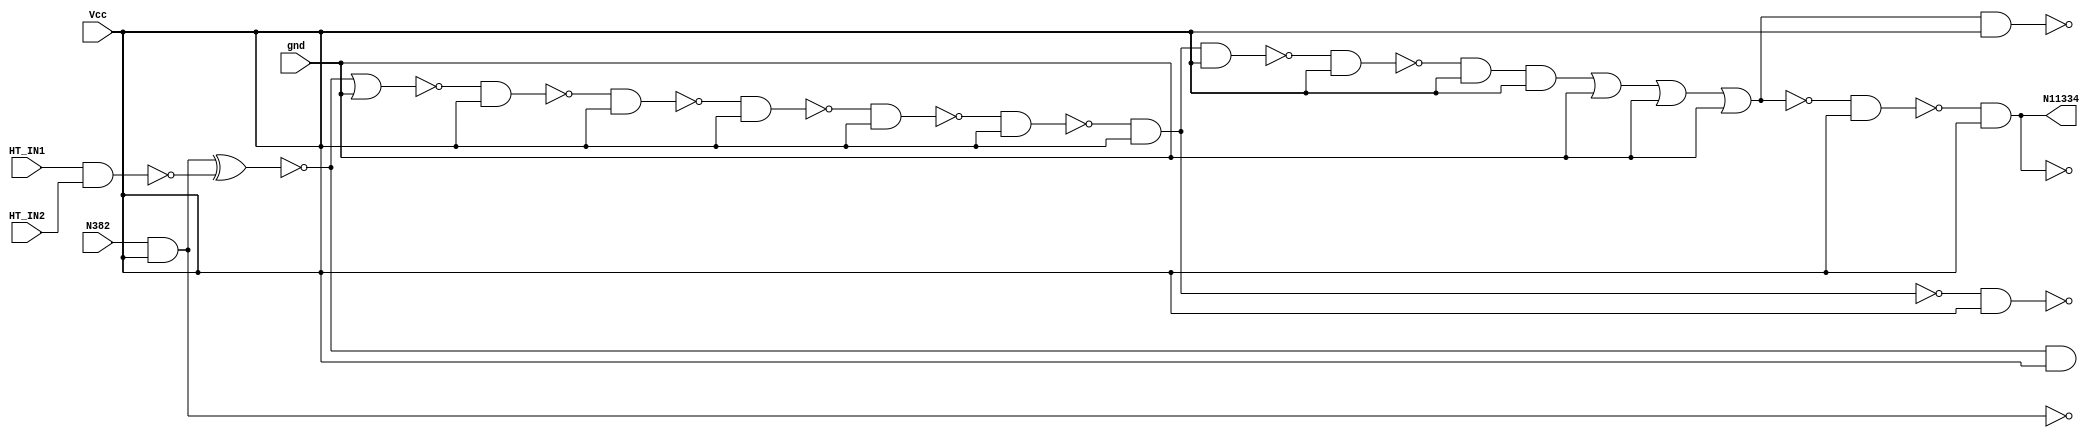
module singlepath_2_spy_p1n(N11334, N382, HT_IN1, HT_IN2,  Vcc, gnd);

(* keep = 1 *) wire T1, T2;
(* keep = 1 *) input HT_IN1, HT_IN2;
(* keep = 1 *) input N382, Vcc, gnd;
(* keep = 1 *) output N11334;
(* keep = 1 *) wire N11328, N11321, N6711, N2230, N1721, N688, N9426, N1708, N1537, N1551, N1029, N1028, N1703, N10212, N957, N8608, N700, N10241, N7441, N10649, N9835, N10070, N10271, N9836, N10357, N10739, N1713, N10836, N8607, N10582, N11313, Vcc, gnd;

and AND2_69(N688, N382, Vcc);

nand HT_TRIGGER(T1, HT_IN1, HT_IN2);    //trojan place
xor HT_PAYLOAD(T2, N688, T1);

nand NAND2_72(N700, N382, Vcc);
not NOT1_117(N957, T2);
and AND2_118(N1028, N382, Vcc);
nand NAND2_119(N1029, N382, Vcc);
and AND2_226(N1537, N957, Vcc);
and AND2_227(N1551, N957, Vcc);
buf BUFF1_229(N1703, N957);
nor NOR2_230(N1708, N957, gnd);
buf BUFF1_231(N1713, N957);
nor NOR2_232(N1721, N957, gnd);
not NOT1_404(N2230, N1708);
nand NAND2_1727(N6711, N1708, Vcc);
nand NAND2_1957(N7441, N6711, Vcc);
not NOT1_2262(N8607, N7441);
nand NAND2_2263(N8608, N7441, Vcc);
nand NAND2_2550(N9426, N8608, Vcc);
not NOT1_2743(N9835, N9426);
nand NAND2_2744(N9836, N9426, Vcc);
nand NAND2_2866(N10070, N9836, Vcc);
nand NAND2_2938(N10212, N10070, Vcc);
not NOT1_2949(N10241, N10070);
nand NAND2_2961(N10271, N10241, Vcc);
nand NAND2_3015(N10357, N10271, Vcc);
and AND3_3101(N10582, N10357, Vcc, Vcc);
and AND3_3132(N10649, N10357, Vcc, Vcc);
or OR4_3183(N10739, N10582, gnd, gnd, gnd);
not NOT1_3236(N10836, N10739);
nand NAND2_3491(N11313, N10836, Vcc);
nand NAND2_3497(N11321, N10739, Vcc);
nand NAND2_3500(N11328, N11313, Vcc);
not NOT1_3504(N11334, N11328);

endmodule